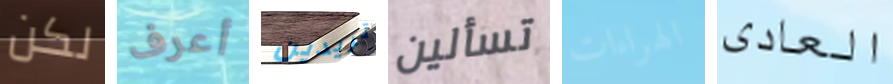
لكن أعرف تريدين تسألين الهراءات العادى